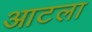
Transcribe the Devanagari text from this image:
आटला